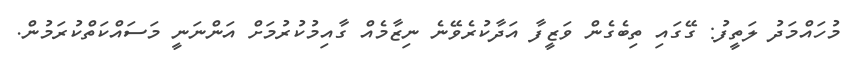
މުހައްމަދު ލަތީފު: ގޭގައި ތިބެގެން ވަޒީފާ އަދާކުރެވޭނެ ނިޒާމެއް ގާއިމުކުރުމަށް އަންނަނީ މަސައްކަތްކުރަމުން.